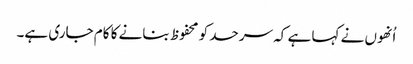
اُنھوں نے کہا ہے کہ سرحد کو محفوظ بنانے کا کام جاری ہے۔